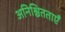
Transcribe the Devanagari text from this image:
अनिश्चितताएँ